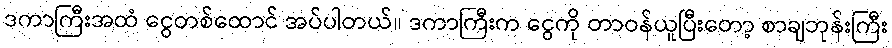
ဒကာကြီးအထံ ငွေတစ်ထောင် အပ်ပါတယ်။ ဒကာကြီးက ငွေကို တာဝန်ယူပြီးတော့ စာချဘုန်းကြီး